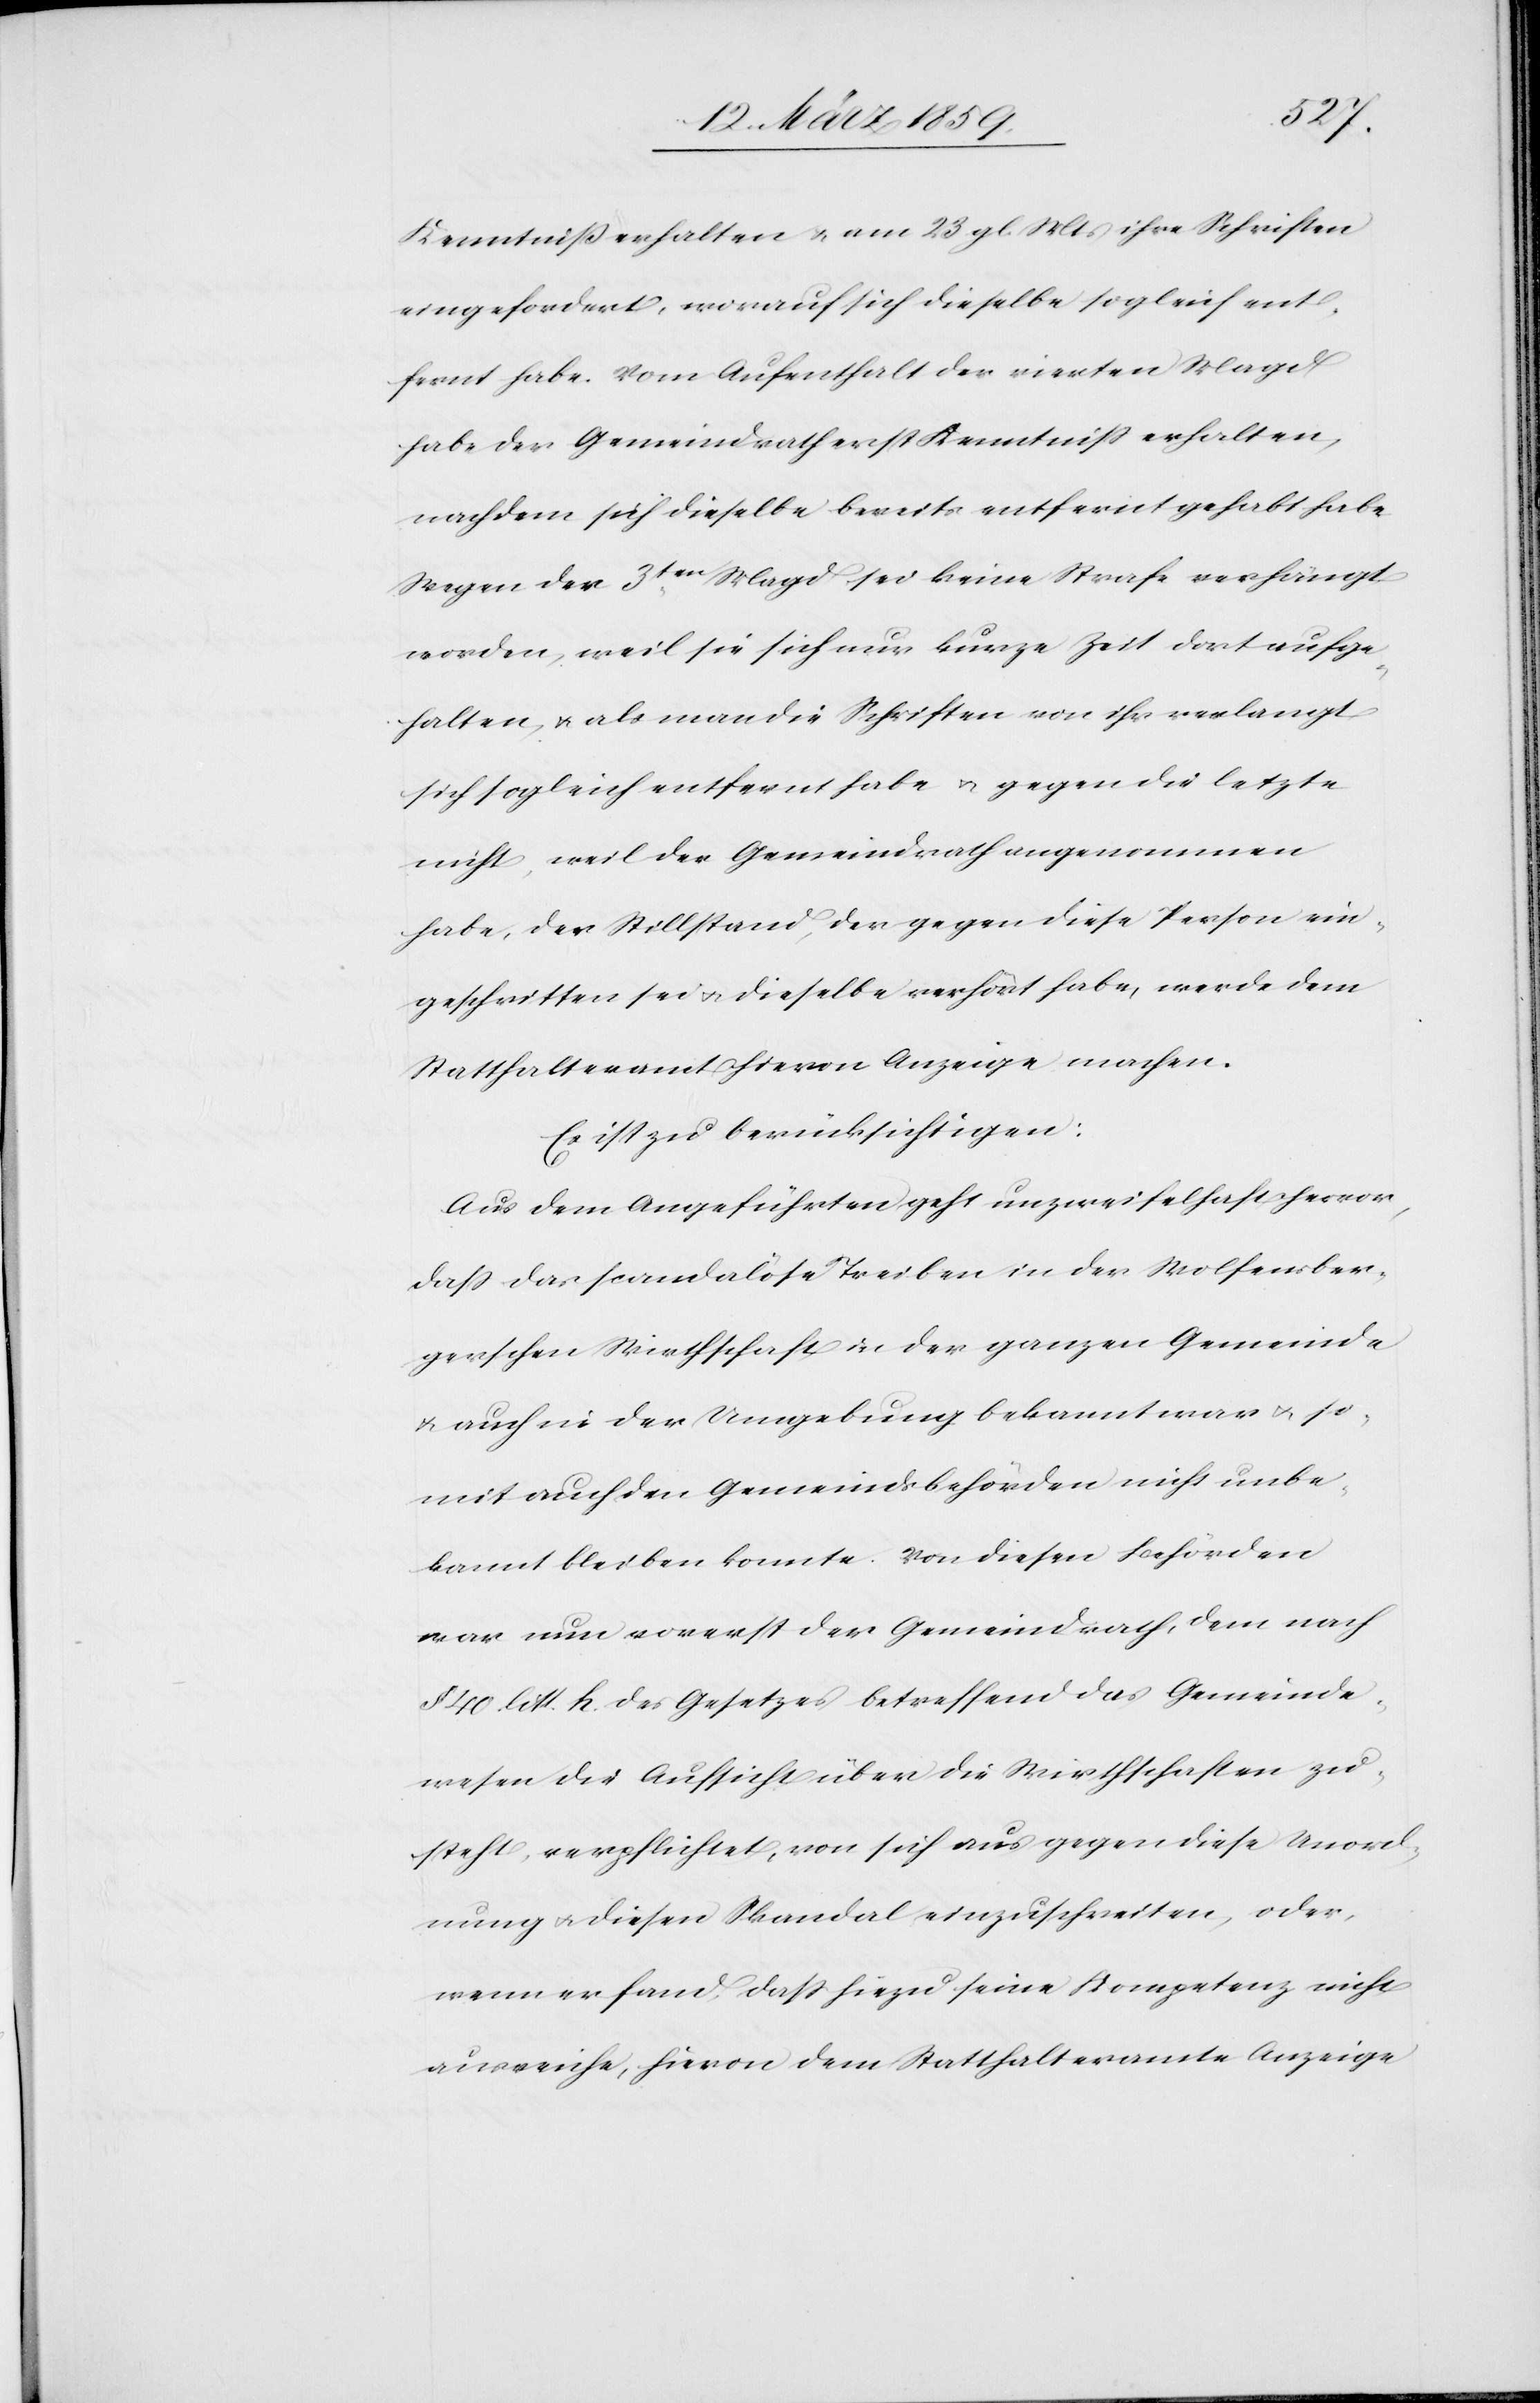
Kenntniß erhalten u. ab 23. gl. Mts ihre Schriften
eingefordert, worauf sich dieselbe sogleich ent¬
fernt habe. Vom Aufenthalt der vierten Magd
habe der Gemeindrath erst Kenntniß erhalten,
nachdem sich dieselbe bereits entfernt gehabt habe.
Wegen der 3ten. Magd sei keine Strafe verhängt
worden, weil sie sich nur kurze Zeit dort aufge¬
halten, u. als man die Schriften von ihr verlangt
sich sogleich entfernt habe u. gegen die letzte
nicht, weil der Gemeindrath angenommen
habe, der Stillstand, der gegen diese Person ein¬
geschritten sei u. dieselbe verhört habe, werde dem
Statthalteramt hievon Anzeige machen.
Es ist zu berücksichtigen:
Aus dem Angeführten geht unzweifelhaft hervor,
daß das scandalöse Treiben in der Wolfensber¬
gerschen Wirthschaft in der ganzen Gemeinde
u. auch in der Umgebung bekannt war u. so¬
mit auch den Gemeindsbehörden nicht unbe¬
kannt bleiben konnte. Von diesen Behörden
war nun vorerst der Gemeindrath, dem nach
§ 40. litt. h. des Gesetzes betreffend das Gemeinde¬
wesen die Aufsicht über die Wirthschaften zu¬
steht, verpflichtet, von sich aus gegen diese Unord¬
nung u. diesen Skandal einzuschreiten, oder,
wenn er fand, daß hiezu seine Kompetenz nicht
ausreiche, hievon dem Statthalteramte Anzeige